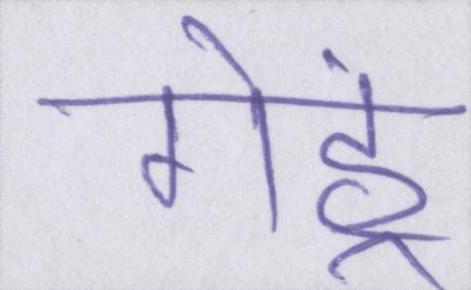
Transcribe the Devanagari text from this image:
गेहूं